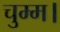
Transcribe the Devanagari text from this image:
चुम्म।